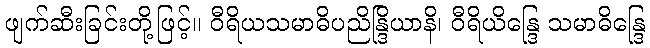
ဖျက်ဆီးခြင်းတို့ဖြင့်။ ဝီရိယသမာဓိပညိန္ဒြိယာနိ၊ ဝီရိယိန္ဒြေ သမာဓိန္ဒြေ